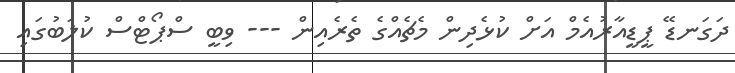
ދަގަނޑޭ ޕީޑީއާރުއެމް އަށް ކުޅެދިން މެޗެއްގެ ތެރެއިން --- ވިބީ ސްޕޯޓްސް ކުލަބުގައި